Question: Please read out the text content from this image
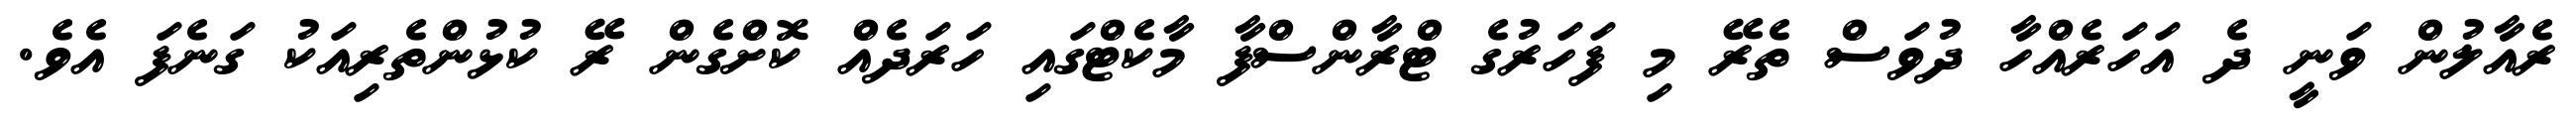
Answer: ރެއާލުން ވަނީ ދެ އަހަރެއްހާ ދުވަސް ތެރޭ މި ފަހަރުގެ ޓްރާންސްފާ މާކެޓްގައި ހަރަދެއް ކޮށްގެން ރޭ ކުޅުންތެރިއަކު ގަނެފަ އެވެ.